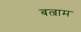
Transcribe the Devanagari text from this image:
बल्राम